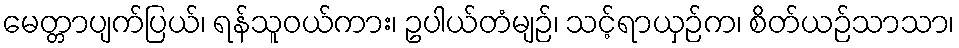
မေတ္တာပျက်ပြယ်၊ ရန်သူဝယ်ကား၊ ဥပါယ်တံမျဉ်၊ သင့်ရာယှဉ်က၊ စိတ်ယဉ်သာသာ၊